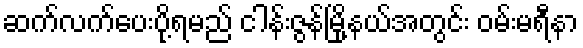
ဆက်လက်ပေးပို့ရမည် ငါန်းဇွန်မြို့နယ်အတွင်း ဝမ်းမရီနာ